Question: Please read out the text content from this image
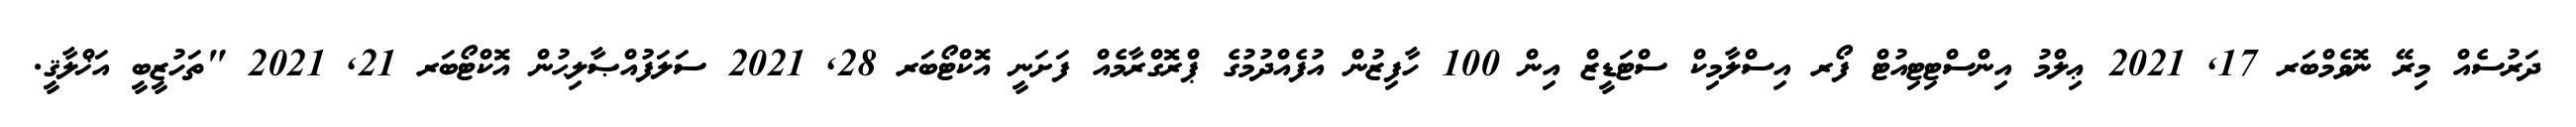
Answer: ދަރުސެއް މިރޭ ނޮވެމްބަރ 17, 2021 ޢިލްމު އިންސްޓިޓިއުޓް ފޯރ އިސްލާމިކް ސްޓަޑީޒް އިން 100 ހާފިޒުން އުފެއްދުމުގެ ޕްރޮގްރާމެއް ފަށަނީ އޮކްޓޯބަރ 28, 2021 ސަލަފުއްޞާލިޙުން އޮކްޓޯބަރ 21, 2021 "ތަހުޒީބީ އަޚްލާޤީ.